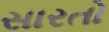
સારતો